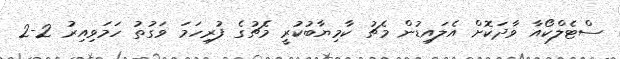
ސްޓެލްކޯއާ ވާދަކޮށް އެލައިޑުން މެޗު ކާމިޔާބުކުރީ މެޗުގެ ފުރިހަމަ ވަގުތު ހަމަވިއިރު 2-2